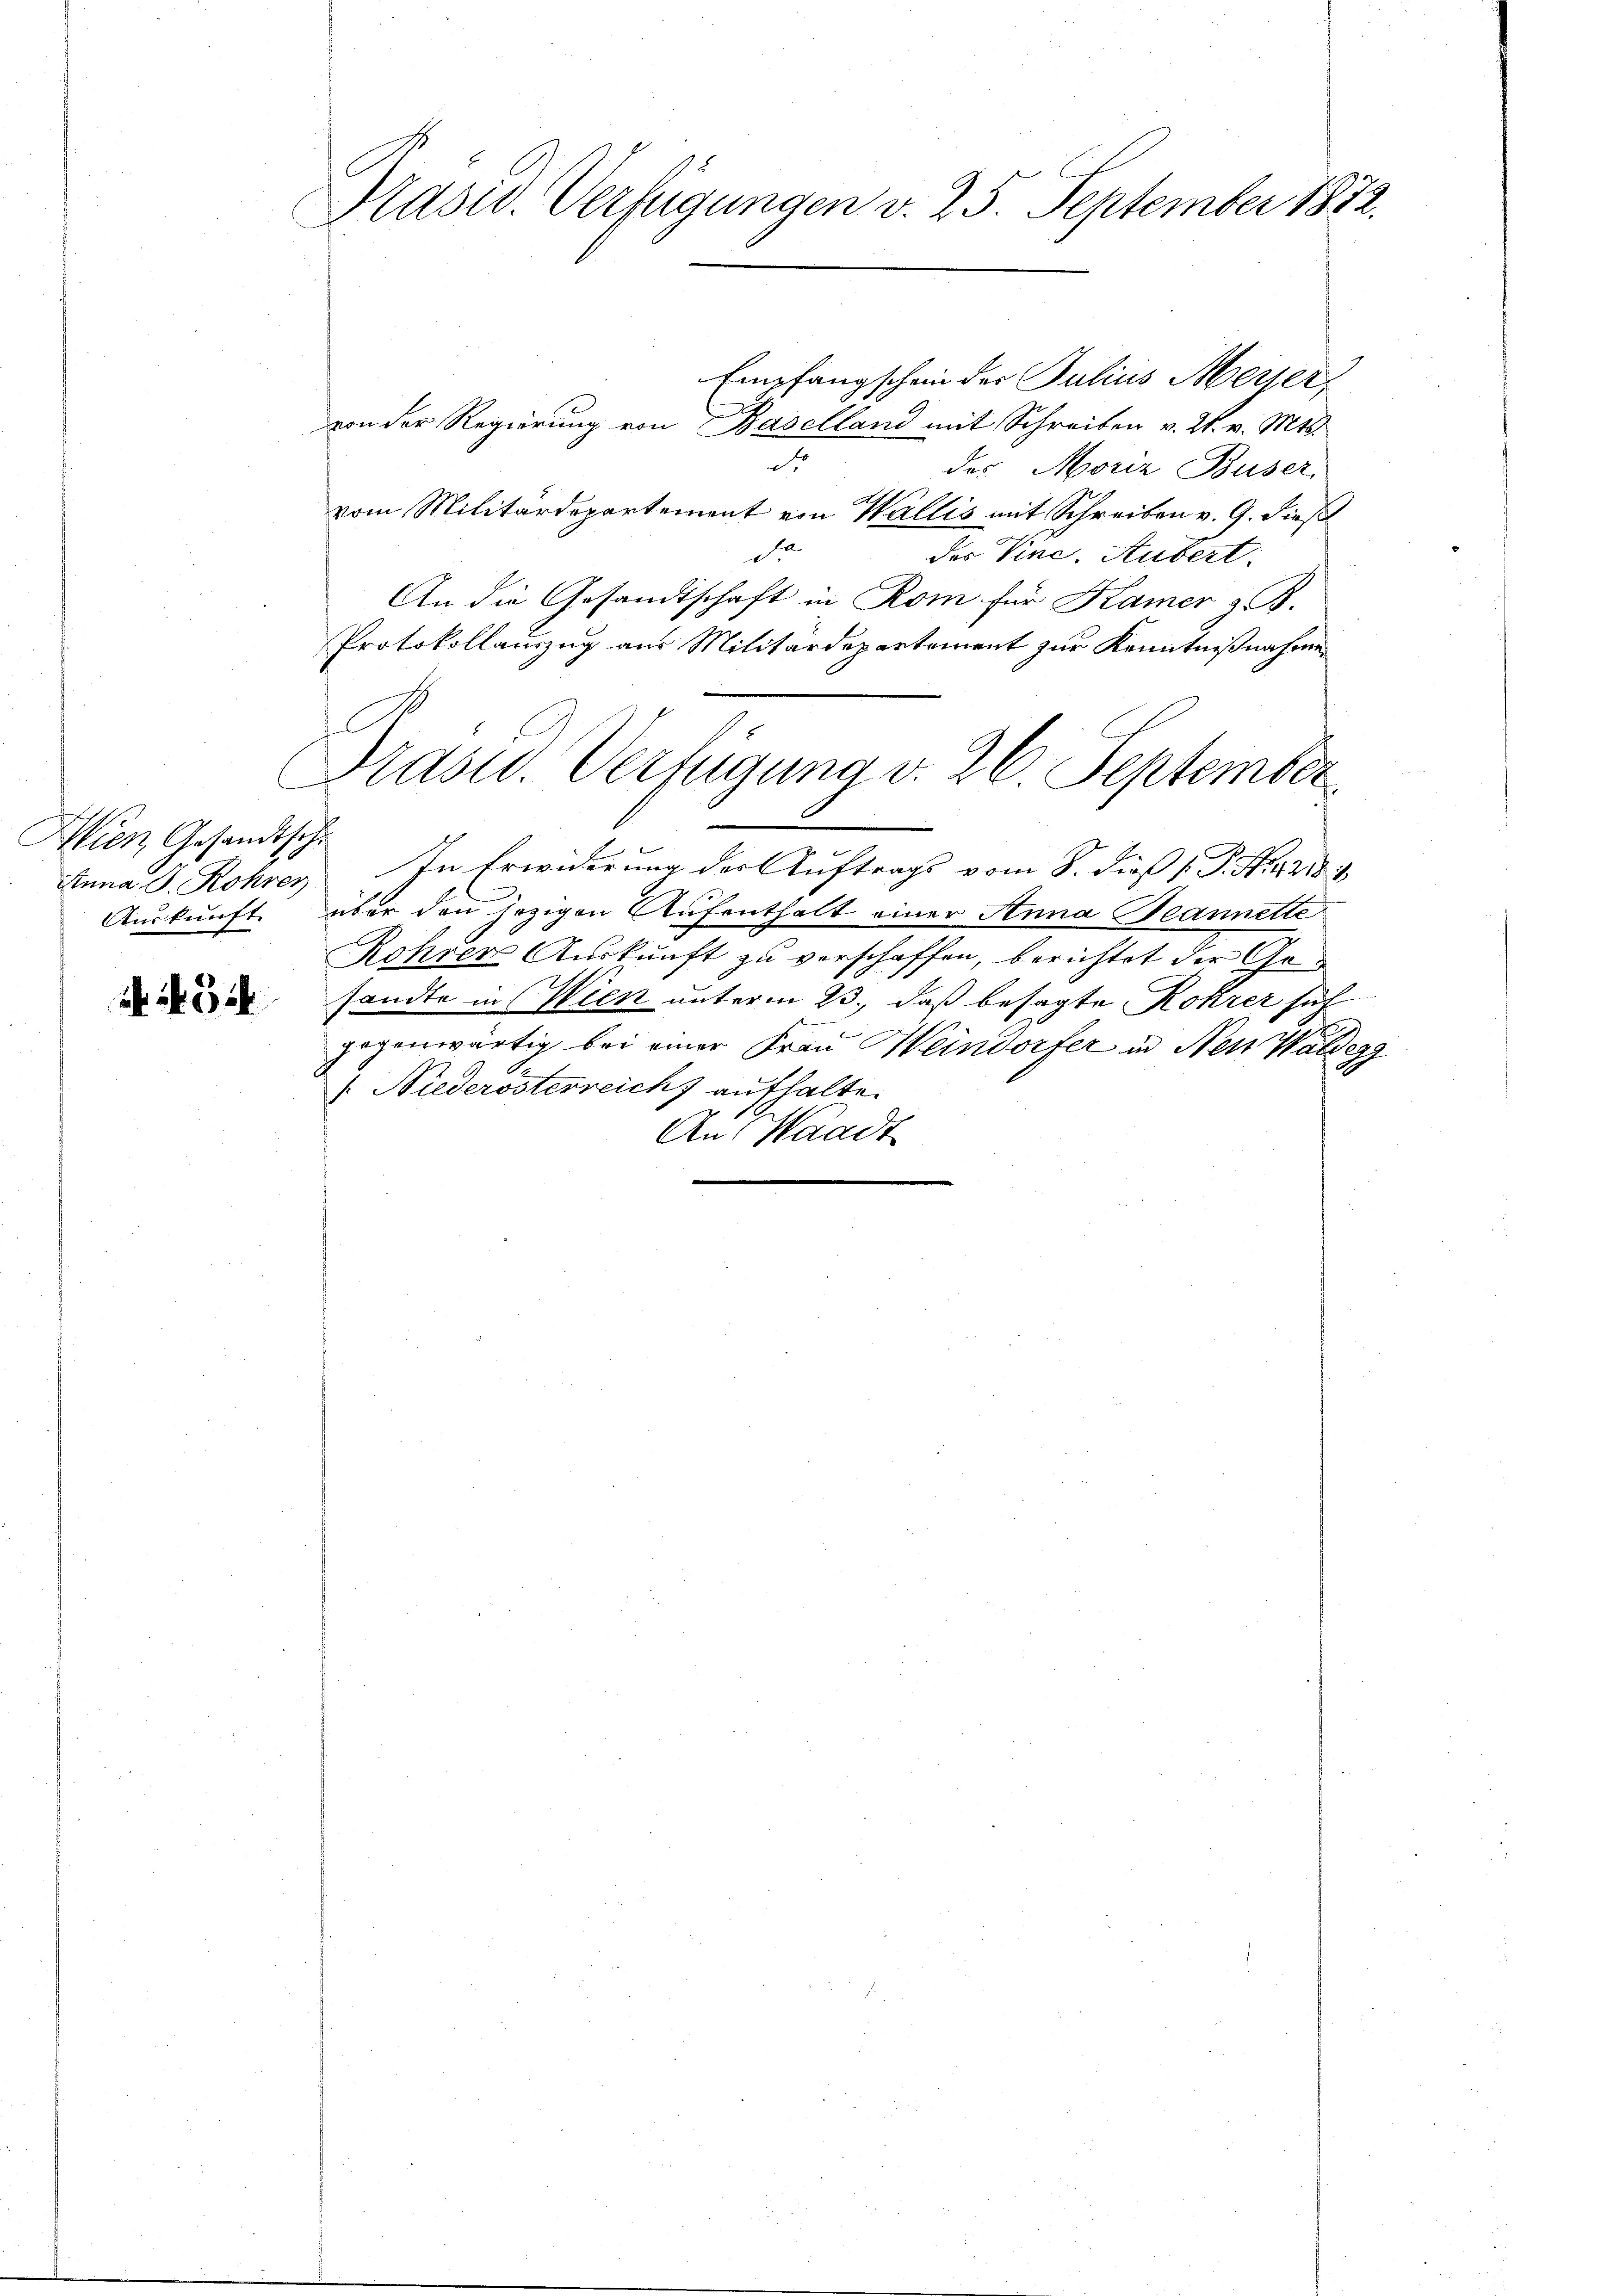
Wien Gesandtsche
Auskunft.

51

Pasiv. Verfügungen v. 25. September 1832.

Empfangschein der Julius Meiser
von der Regierung von Baselland mit Schreiben v. 2. v. Mts.
d
des Moriz Buser,
vom Militärdepartement von Wallis mit Schreiben v. 9. dieß
di
des Vine. Aubert.
An die Gesandtschaft in Rom für Kamer & B.
Protokollauszug aus Militärdepartement zur Kenntnißnahme
Frasu. Verfügung v. 26. September
Anna D. Rohres In Erwiderung der Auftrags vom 8. dieß P. Nr. 189
über den jezigen Aufenthalt einer Anna Jeannette
Rohrer Auskunft zu verschaffen, berichtet der Gesandte in Wien unterm 23., daß besagte Rohrer sich
gogenwärtig bei einer Frau Meindorfer in Neu Waldegg
 Niederösterreichs aufhalte.
An Waadt